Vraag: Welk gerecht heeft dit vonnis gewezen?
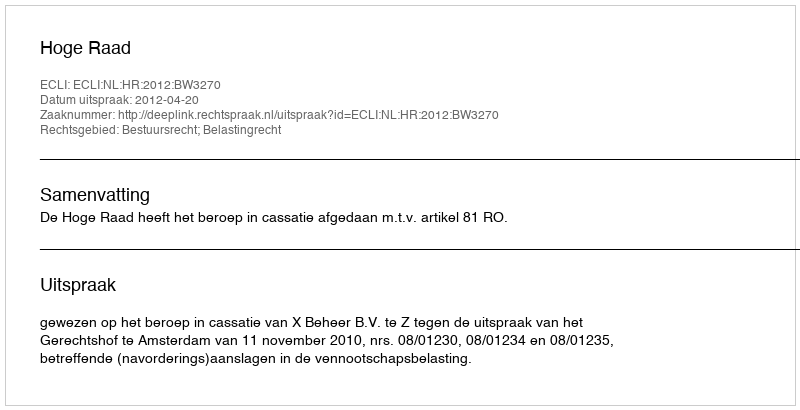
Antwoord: Hoge Raad